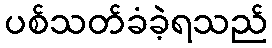
ပစ်သတ်ခံခဲ့ရသည်